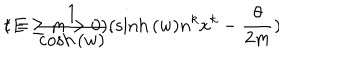
t = \frac { 1 } { \cosh { ( w ) } } ( \sinh { ( w ) } n ^ { k } x ^ { k } - \frac { \theta } { 2 m } ) \hspace { 1 c m } ( E \geq m > 0 ) .